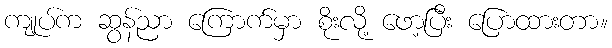
ကျုပ်က ဆွန်ညာ ကြောက်မှာ စိုးလို့ ဖော့ပြီး ပြောထားတာ။